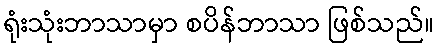
ရုံးသုံးဘာသာမှာ စပိန်ဘာသာ ဖြစ်သည်။